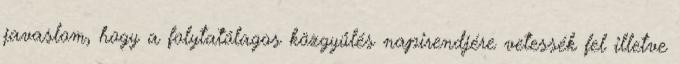
javaslom, hogy a folytatólagos közgyűlés napirendjére vetessék fel illetve